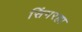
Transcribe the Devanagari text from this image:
सिंगरहा